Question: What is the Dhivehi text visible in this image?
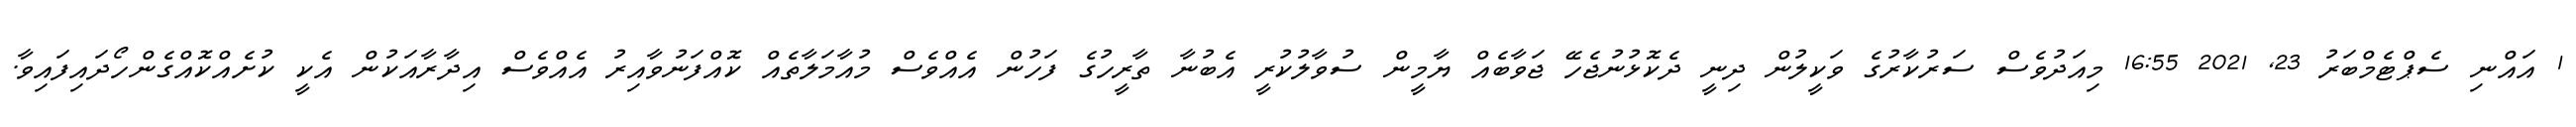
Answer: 1 އައްނި ސެޕްޓެމްބަރު 23, 2021 16:55 މިއަދުވެސް ސަރުކާރުގެ ވަކީލުން ދިނީ ދެކޮޅުނުޖެހޭ ޖަވާބެއް ޔާމީން ސުވާލުކުރީ އެބުނާ ތާރީހުގެ ފަހުން އެއްވެސް މުއާމަލާތެއް ކޮއްފަނުވާއިރު އެއްވެސް އިދާރާއަކުން އެކީ ކުށެއްކޮއްގެންހޯދައިފައިވާ.